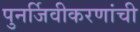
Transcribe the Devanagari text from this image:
पुनर्जिवीकरणांची